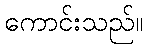
ကောင်းသည်။